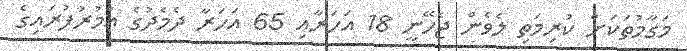
މަގާމުތަކަށް ކުރިމަތި ލެވެން ޖެހޭނީ 18 އަހަރާއި 65 އަހަރާ ދެމެދުގެ އުމުރުފުރައިގެ